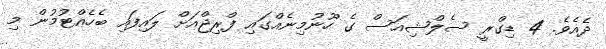
ދެއެވެ. 4 ޑިގްރީ ސެލްޝިއަސް ގެ ހޫނުމިނެއްގައި ފްރިޖްއަށް ލައިފައި ބެހެއްޓުމުން މި